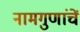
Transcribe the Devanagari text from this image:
नामगुणांचें